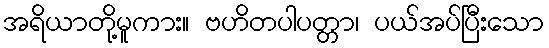
အရိယာတို့မူကား။ ဗဟိတပါပတ္တာ၊ ပယ်အပ်ပြီးသော